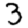
Digit: 3